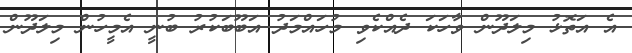
އެ އަތޮޅު މިލަދޫން ވާހަކަ ދެއްކެވި މުހައްމަދު އަބޫބަކުރު ބުނީ އެމީހުން މިލަދޫން